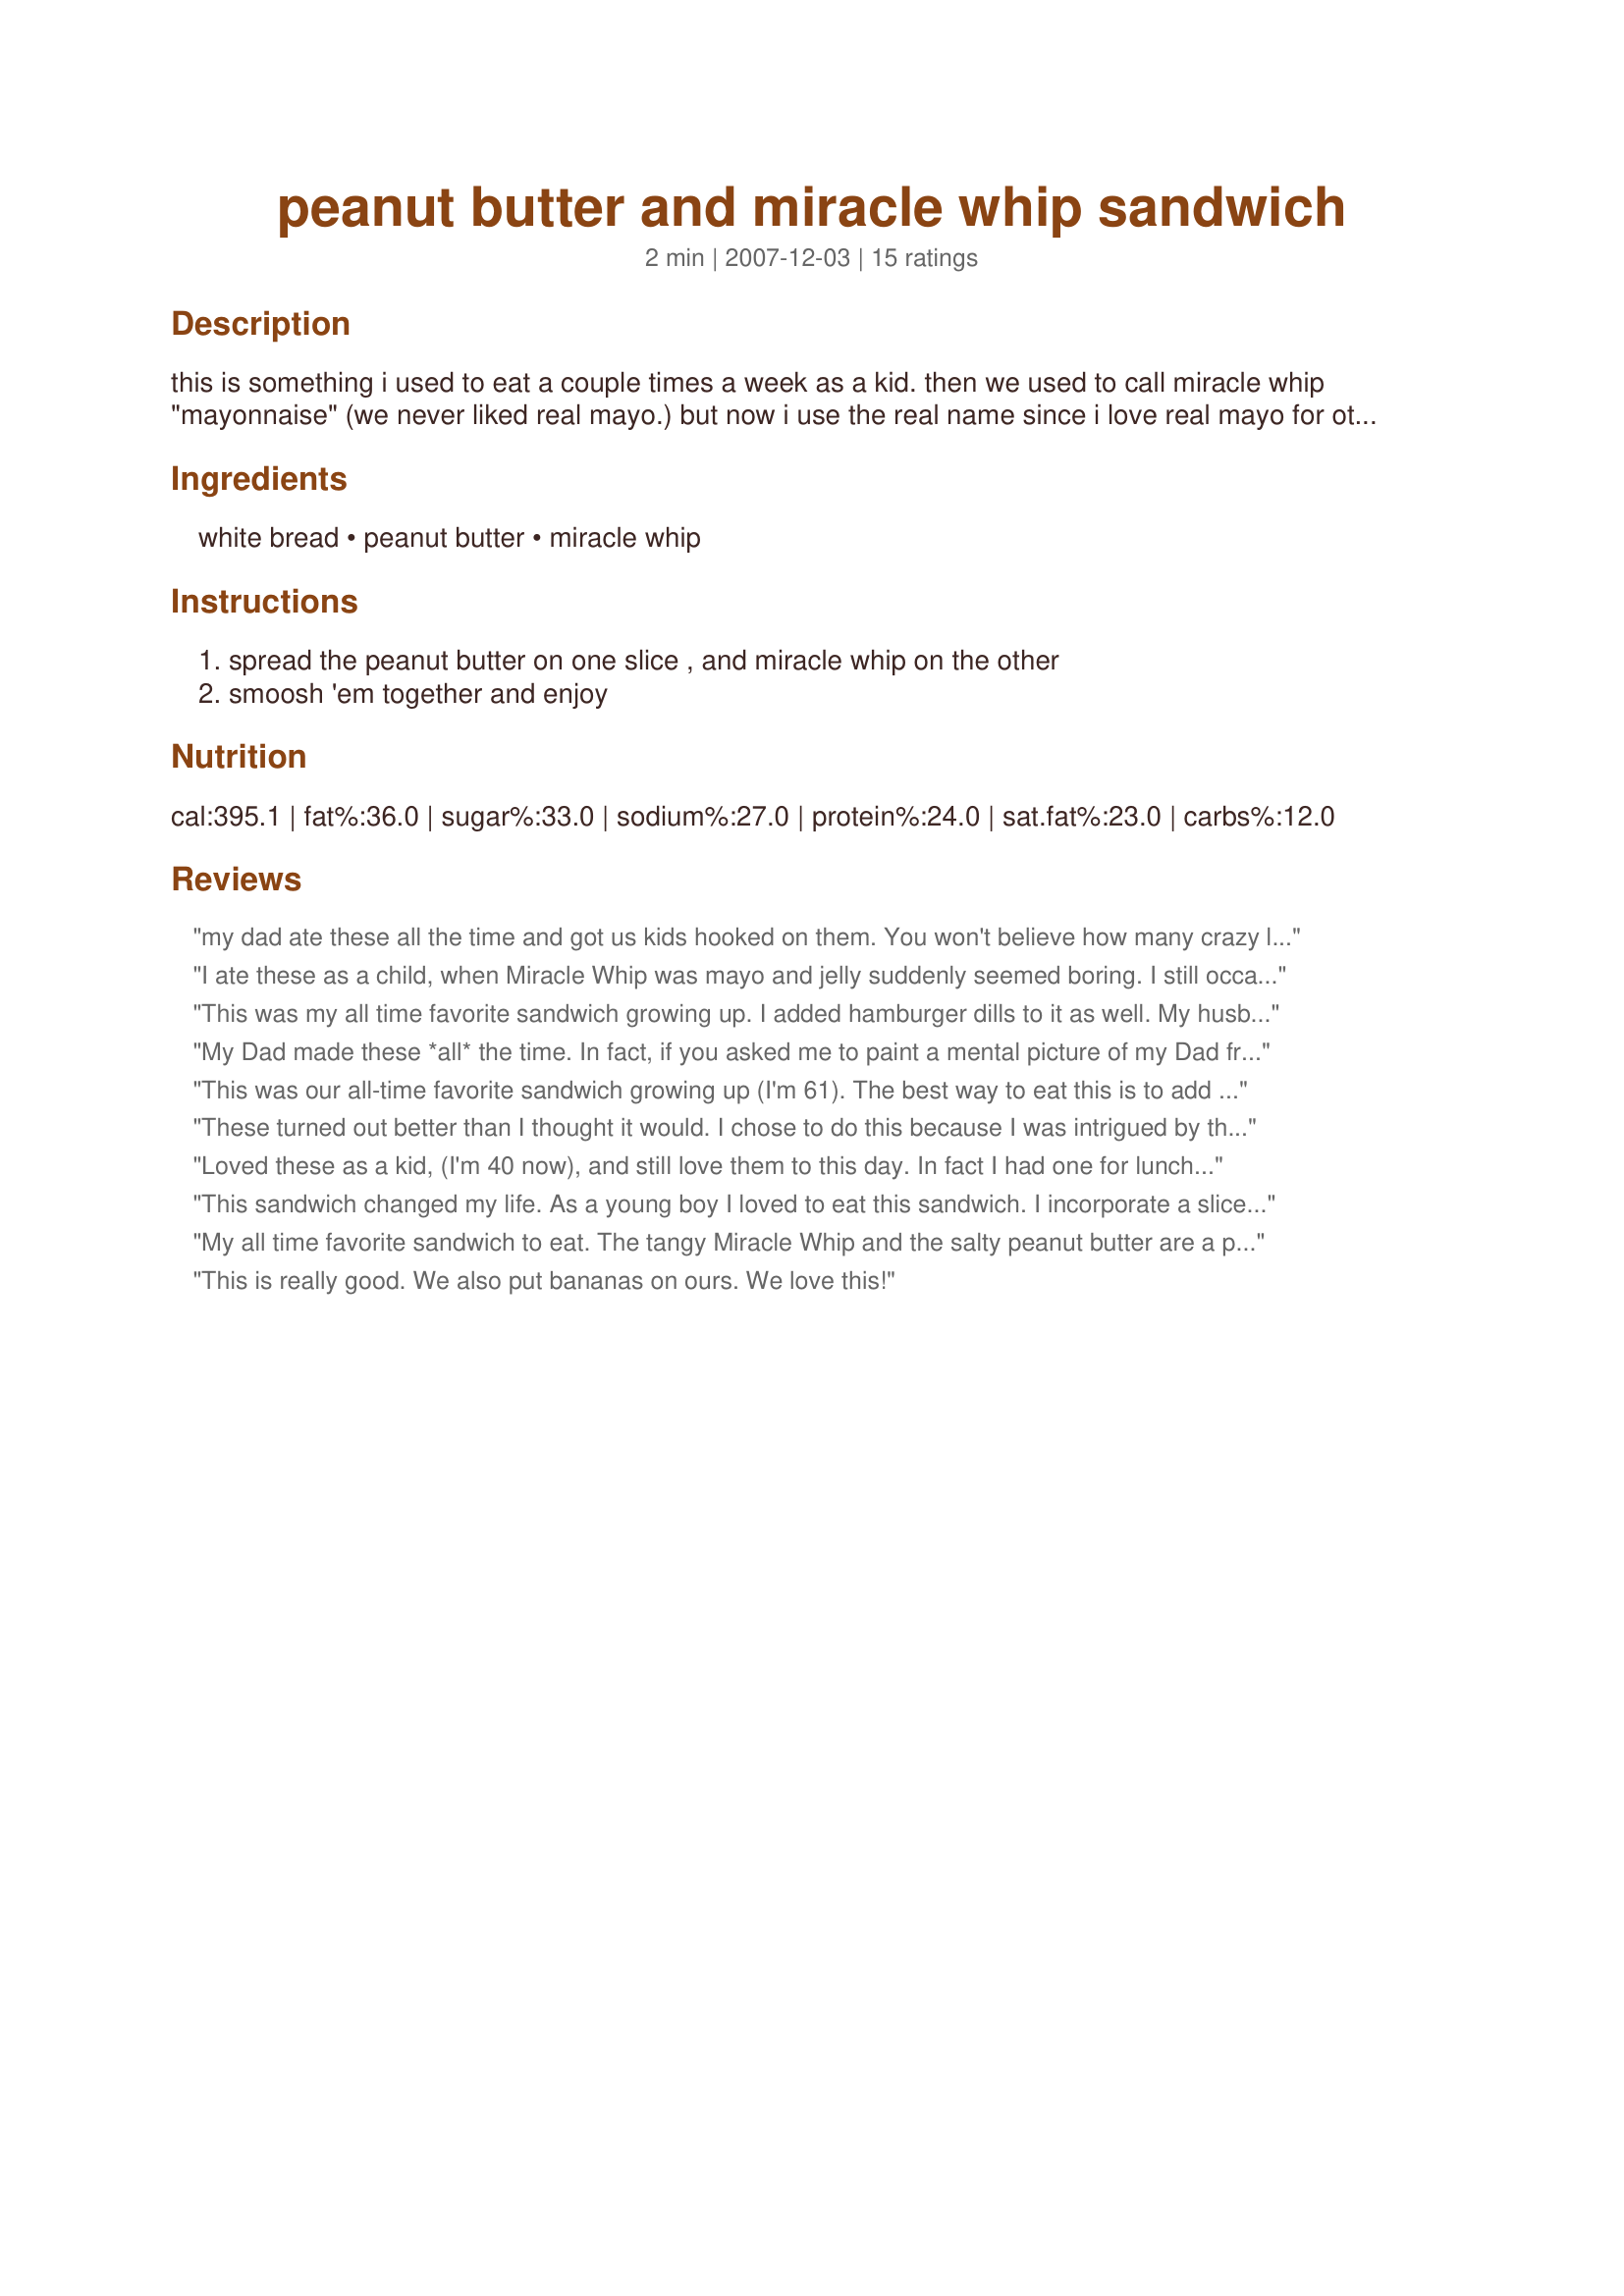
peanut butter and miracle whip sandwich
Preparation time: 2 minutes

this is something i used to eat a couple times a week as a kid. then we used to call miracle whip "mayonnaise" (we never liked real mayo.) but now i use the real name since i love real mayo for other things and the 2 could never be confused.

Ingredients:
white bread, peanut butter, miracle whip

Steps:
spread the peanut butter on one slice , and miracle whip on the other, smoosh 'em together and enjoy

Reviews:
my dad ate these all the time and got us kids hooked on them. You won't believe how many crazy looks i get when i try to convince people to just give them a try. THEY ARE SO GOOD!!!
I ate these as a child, when Miracle Whip was mayo and jelly suddenly seemed boring. I still occassionally get the desire to smack one together, though some of the family tends to frown on the thought, let alone the sight. I still say don't knock it until you've tried it, as I can't say it sounded appealing to me the first time, even as a child. I've heard of people adding bacon, onions, etc. to this, but to me, it doesn't need to be messed with.
This was my all time favorite sandwich growing up. I added hamburger dills to it as well. My husband makes a face when I tell him but don't frown until you try it! Love it!
My Dad made these *all* the time. In fact, if you asked me to paint a mental picture of my Dad from when I was a child it would probably be him eating a PB and Miracle Whip sandwich. I remember loving them right up until the age where I understood how wrong they were..lol.
This was our all-time favorite sandwich growing up (I'm 61). The best way to eat this is to add orange slices. MMMMM good. Another great version is dill pickle slices. I know it sounds strange, but they are good. All 4 siblings and some cousins had a family reunion several years ago at a condo and one of the first things we did was go to the store and buy the ingredients for these sandwichs. I still eat these often.
These turned out better than I thought it would. I chose to do this because I was intrigued by the idea of putting miracle whip and peanut butter together. I kind of like it.
Loved these as a kid, (I'm 40 now), and still love them to this day. In fact I had one for lunch today!

My wife has never liked Miracle Whip, so she will never try these awesome sandwhiches. My kids however, HUGE fans of this sandwhich like me!

There are only a few things that can make this sandwhich EVEN BETTER... A slice of fresh Tomato (my favorite), a few strips of bacon (my dad's favoite), or my oldest daughters favorite way, with a few crushed Pringle Potato chips smashed in between.
This sandwich changed my life. As a young boy I loved to eat this sandwich. I incorporate a slice of american cheese and either ritz/saltine crackers to give it a bit of a crunch. Most look at the ingredients and look as though they are repulsed. Dont knock it til you tried it Courtney! Get up on it!
My all time favorite sandwich to eat. The tangy Miracle Whip and the salty peanut butter are a perfect match. Thanks for posting my favorite!!
This is really good. We also put bananas on ours. We love this!
it does sound weird but this was a favorite of mine when my mom made it for us in the '60's. she would also add some crispy bacon which i still do today.
When I first saw this recipe I was amazed that anyone could possibly think to put Miracle Whip and Peanut butter together. Crazy I thought. But I am truly amazed that it really is a great tasting sandwich. I used challah bread and smooth peanut butter with regular Miracle Whip. Very tasty with the salty peanut butter and the tangy Miracle Whip. Made for Help A Naked Recipe!
A favorite sandwich for nearly 60 years. I prefer crunchy peanut butter and sometimes add a leaf or two of lettuce
I have eaten these since I was a kid in the 70s. We actually made them with bananas in the middle, but one time I made one, then discovered we had no bananas so I just left them out. It has been a favorite ever since. Even got my daughter hooked on them when she was little and she now eats them a lot as a college student. We now eat them on honey wheat bread, and they're just as good, but white bread was the way to go way back in the "old days"! :)
My dh eats this all the time but he adds Jelly too. I will say I never tried it and the idea to me doesn't sound good so the 5 stars is from him.
